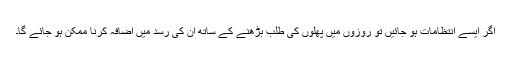
اگر ایسے انتظامات ہو جائیں تو روزوں میں پھلوں کی طلب بڑھنے کے ساتھ ان کی رسد میں اضافہ کرنا ممکن ہو جائے گا۔